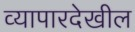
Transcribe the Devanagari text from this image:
व्यापारदेखील